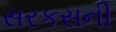
સરકસની